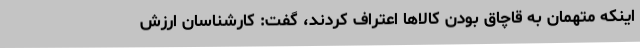
اینکه متهمان به قاچاق بودن کالاها اعتراف کردند، گفت: کارشناسان ارزش